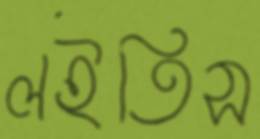
লইতিস